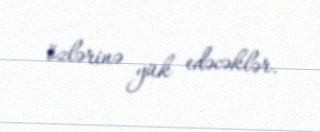
özlərinə yük edəcəklər.